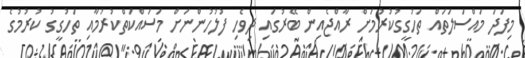
މިފަދަ މައްސަލަތައް ތަހުގީގުކުރުމަށް ރާއްޖެއިން ބޭރުގައި ދިވެހި ފުލުހުންނަށް މަސައްކަތްކުރުމާއި ތަހުގީގު ކުރުމުގެ